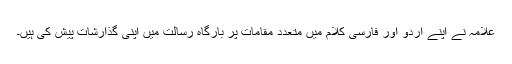
علامہ نے اپنے اردو اور فارسی کلام میں متعدد مقامات پر بارگاہ رسالت میں اپنی گذارشات پیش کی ہیں۔